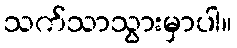
သက်သာသွားမှာပါ။